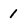
Character: 1